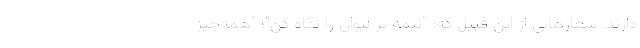
دارند. شعارهایی از این قبیل که: "نیمۀ پر لیوان را نگاه کن"؛ "همه‌چیز